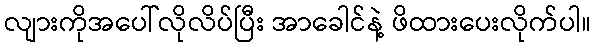
လျားကိုအပေါ်လိုလိပ်ပြီး အာခေါင်နဲ့ ဖိထားပေးလိုက်ပါ။